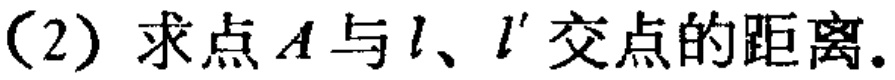
(2) 求点\(A\)与\(l\)、\(l'\)交点的距离.